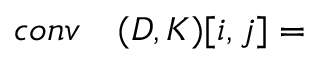
\begin{array} { r l } { c o n v } & { { } ( D , K ) [ i , j ] = } \end{array}